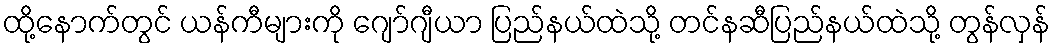
ထို့နောက်တွင် ယန်ကီများကို ဂျော်ဂျီယာ ပြည်နယ်ထဲသို့ တင်နဆီပြည်နယ်ထဲသို့ တွန်လှန်